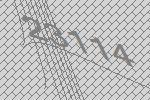
23114